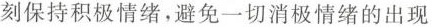
刻保持积极情绪，避免一切消极情绪的出现